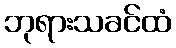
ဘုရားသခင်ထံ